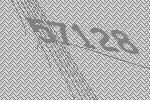
57128